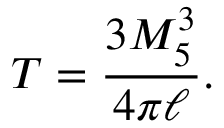
T = \frac { 3 M _ { 5 } ^ { 3 } } { 4 \pi \ell } .